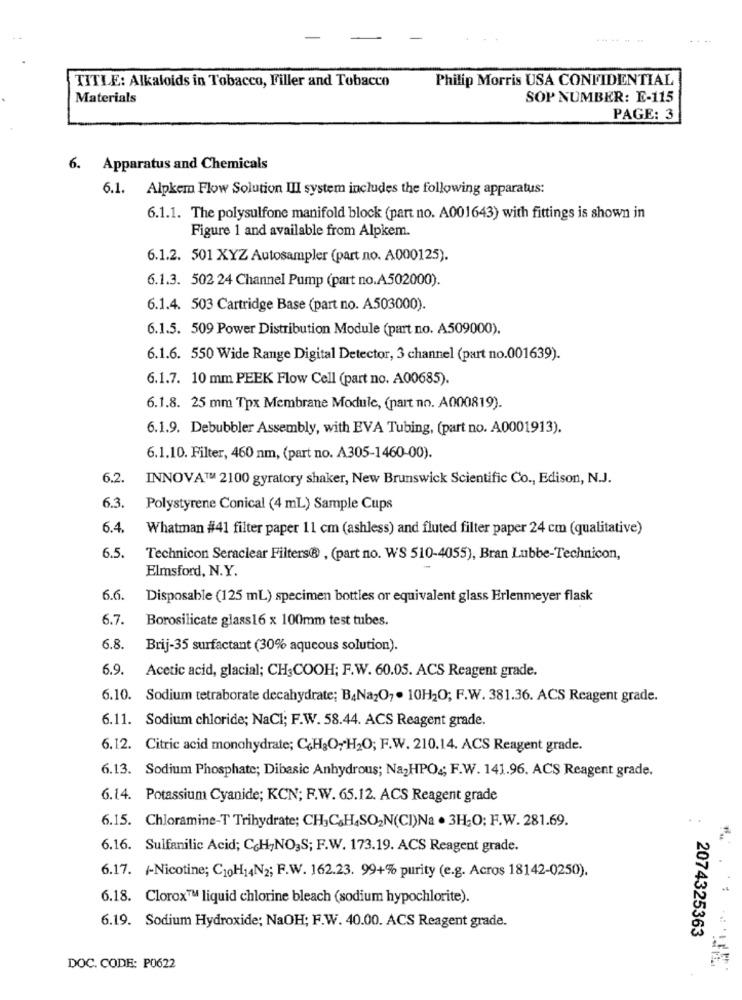
Philip Morris USA CONFIDENTIAL
TITLE: Alkaloids in Tobacco, Filler and Tobacco
Materials
SOP NUMBER: E-115
PAGE: 3
6. Apparatus and Chemicals
6.1. Alpkem Flow Solution III system includes the following apparatus:
6.1.1. The polysulfone manifold block (part no. A001643) with fittings is shown in
Figure 1 and available from Alpkem.
6.1.2. 501 XYZ Autosampler (part no. A000125).
6.1.3. 502 24 Channel Pump (part no.A.502000).
6.1.4. 503 Cartridge Base (part no. A503000).
6.1.5. 509 Power Distribution Module (part no. A509000).
6.1.6. 550 Wide Range Digital Detector, 3 channel (part no.001639).
6.1.7. 10 mm PEEK Flow Cell (part no. A00685).
6.1.8. 25 mm Tpx Membrane Module, (part no. A000819).
6.1.9. Debubbler Assembly, with EVA Tubing, (part no. A0001913).
6.1.10. Filter, 460 nm, (part no. A305-1460-00).
6.2.
INNOVA™ 2100 gyratory shaker, New Brunswick Scientific Co ., Edison, N.J.
6.3.
Polystyrene Conical (4 mL) Sample Cups
6.4.
Whatman #41 filter paper 11 cm (ashless) and fluted filter paper 24 cm (qualitative)
6.5.
Technicon Seraclear Filters® , (part no. WS 510-4055), Bran Lubbe-Technicon,
Elmsford, N.Y.
6.6.
Disposable (125 mL) specimen bottles or equivalent glass Erlenmeyer flask
6.7
Borosilicate glass16 x 100mm test tubes.
6.8.
Brij-35 surfactant (30% aqueous solution).
6.9.
Acetic acid, glacial; CH3COOH; F.W. 60.05. ACS Reagent grade.
6.10. Sodium tetraborate decahydrate; B4Na2O, . 10H2O; F.W. 381.36. ACS Reagent grade.
6.11. Sodium chloride; NaCl; F.W. 58.44. ACS Reagent grade.
6.12. Citric acid monohydrate; C&H3O,H2O; F.W. 210.14. ACS Reagent grade.
6.13. Sodium Phosphate; Dibasic Anhydrous; Na2HPO .; F.W. 141.96. ACS Reagent grade.
6.14. Potassium Cyanide; KCN; F.W. 65.12. ACS Reagent grade
6.15. Chloramine-T Trihydrate; CH,C&H4SON(CI)Na . 3H;O; F.W. 281.69.
6.16. Sulfanilic Acid; C&H,NO,S; F.W. 173.19. ACS Reagent grade.
6.17. /-Nicotine; C10H14N2; F.W. 162.23. 99+% purity (e.g. Acros 18142-0250).
6.18. Clorox™ liquid chlorine bleach (sodium hypochlorite).
6.19. Sodium Hydroxide; NaOH; F.W. 40.00. ACS Reagent grade.
2074325363
DOC. CODE: P0622